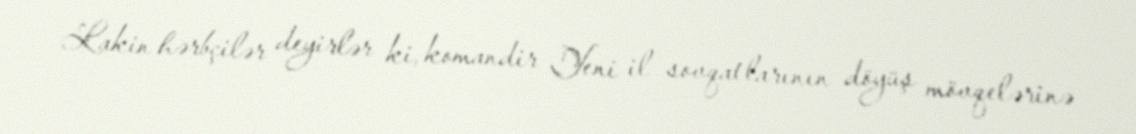
Lakin hərbçilər deyirlər ki, komandir Yeni il sovqatlarının döyüş mövqelərinə